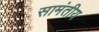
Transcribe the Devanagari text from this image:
सामंतीय